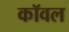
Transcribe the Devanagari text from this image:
कॉवल